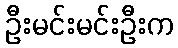
ဦးမင်းမင်းဦးက